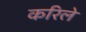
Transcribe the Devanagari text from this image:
करिले